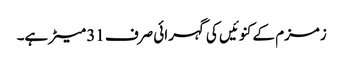
زمزم کے کنوئیں کی گہرائی صرف 31 میٹر ہے۔